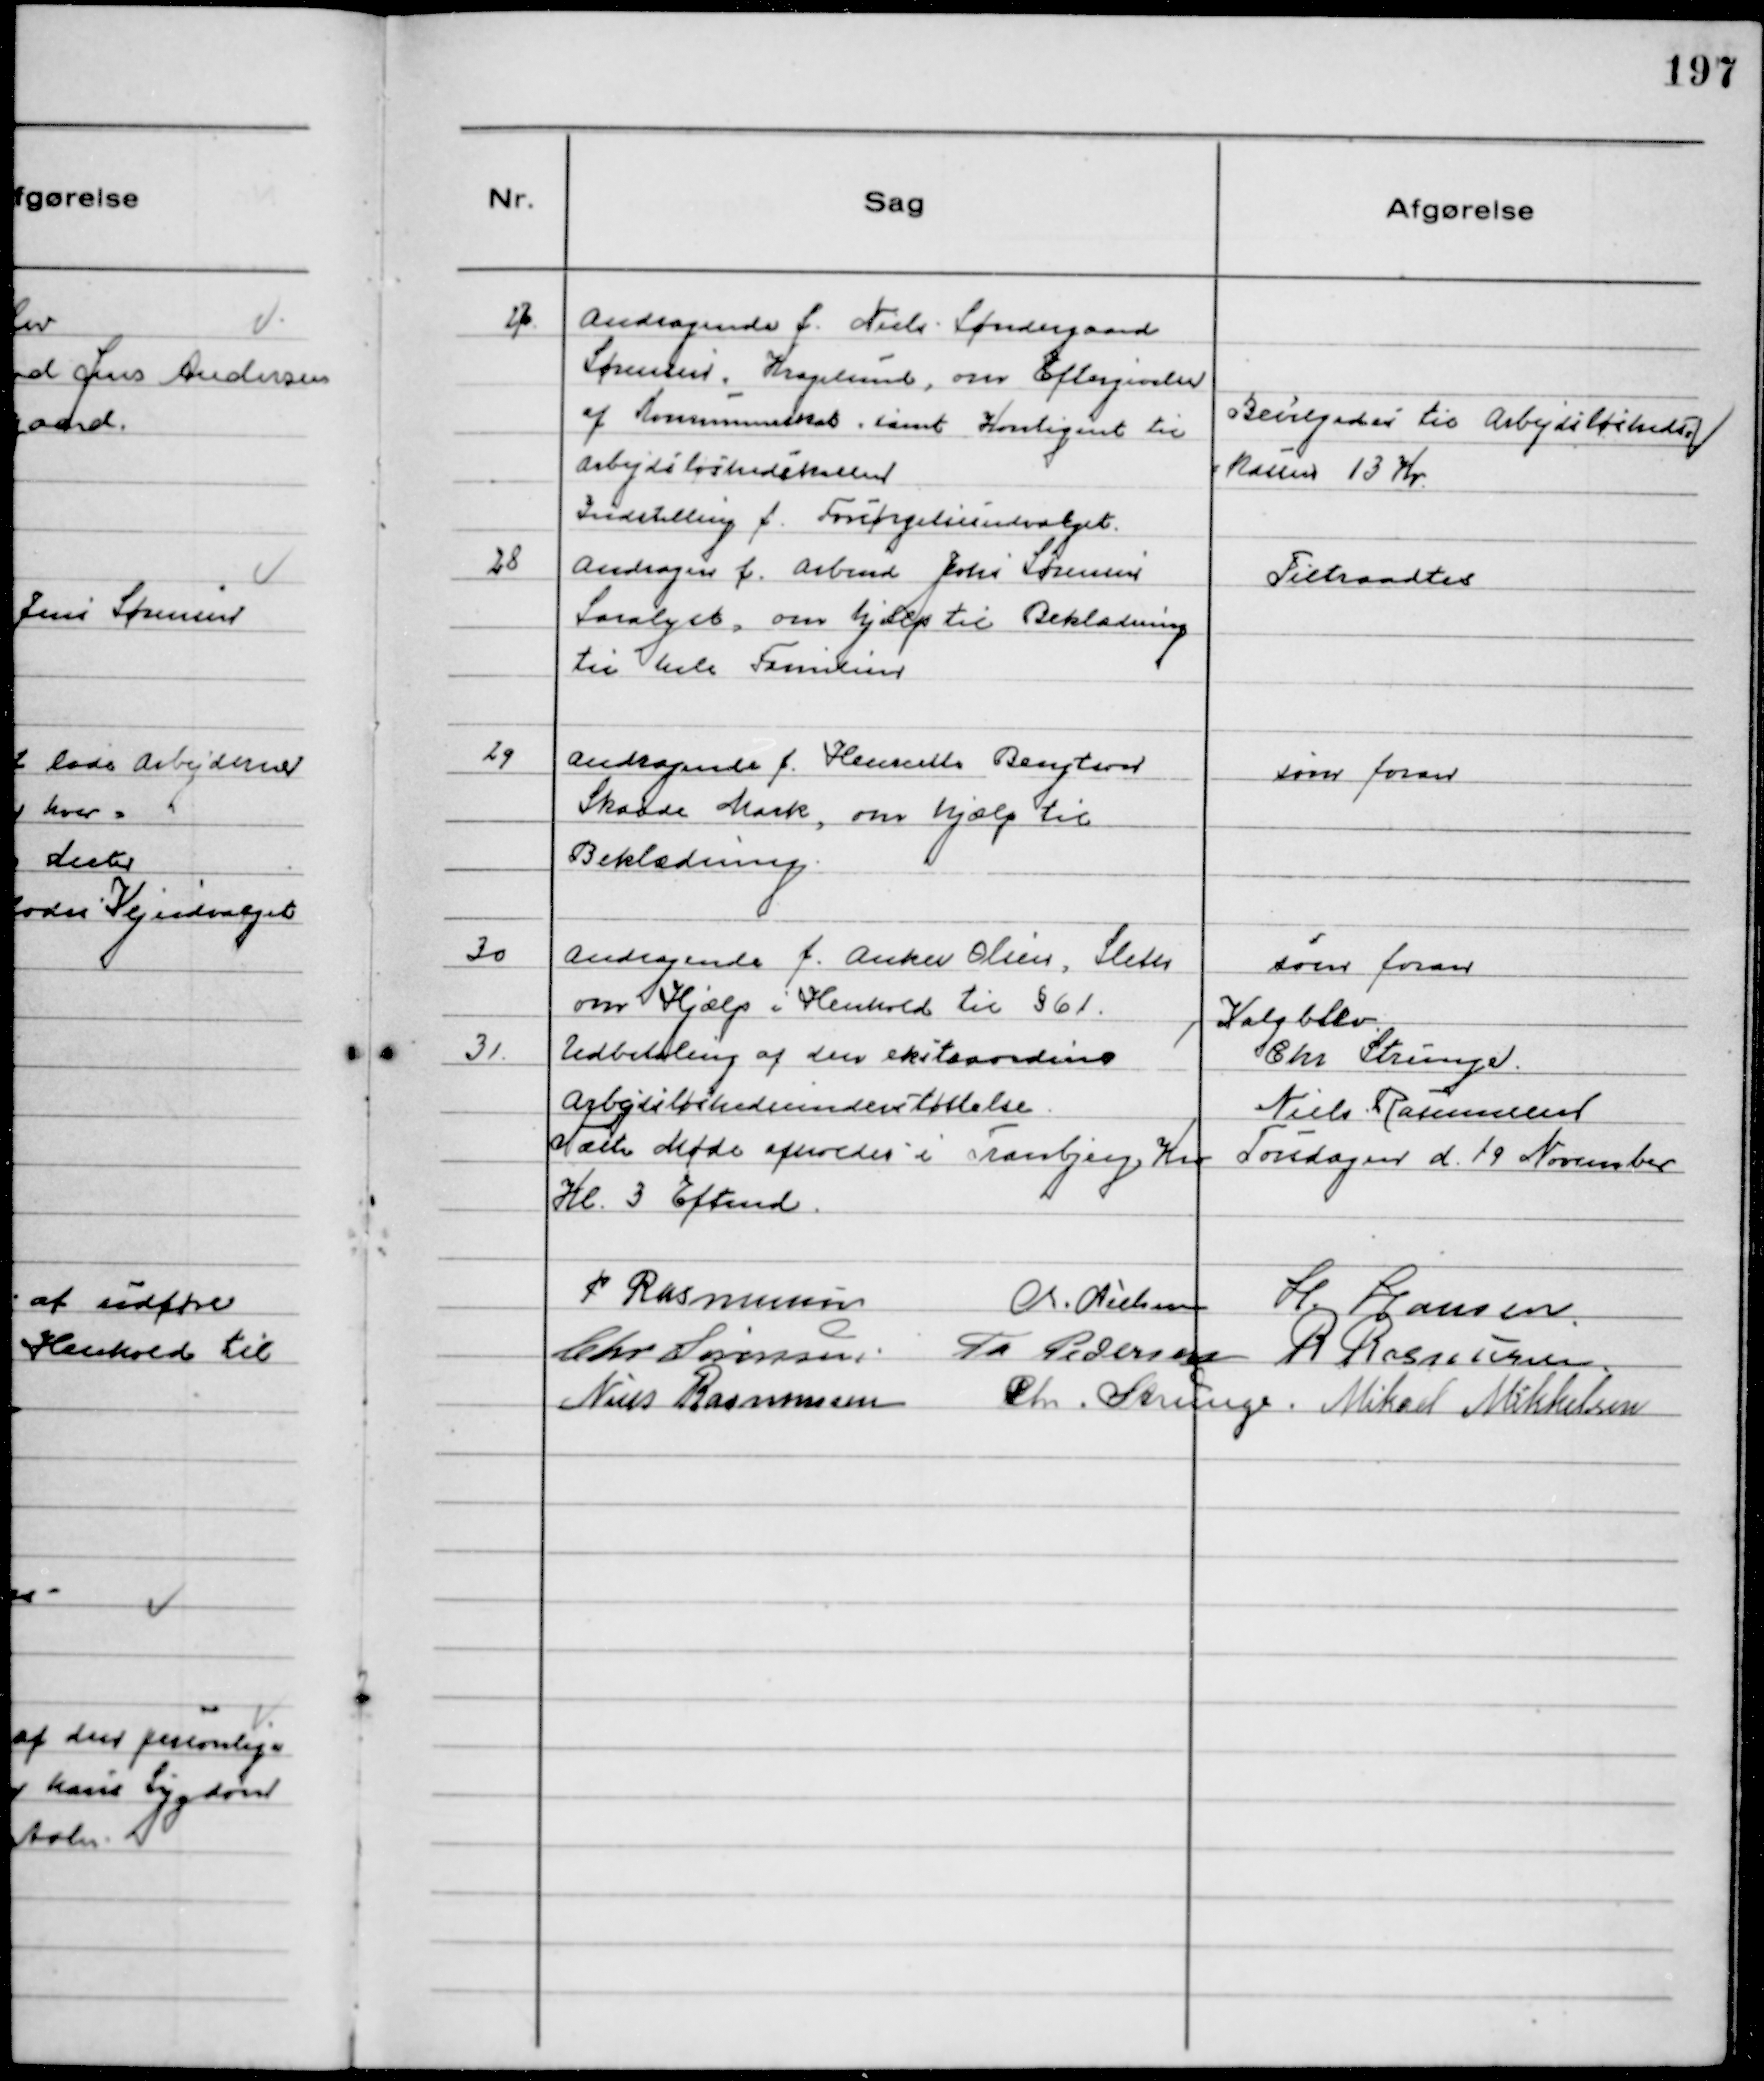
Transskription:
27
Andragende f. Niels Søndergaard
Sørensen, Kragelund, om Eftergivelse
af Kommuneskat samt Kontigent til
Arbejdsløshedskassen

Bevilgedes til Arbejdsløsheds-
kassen 13 Kr.

Indstilling f. Forsørgelsesudvalget.

28
Andragene f. Arbmd Johs Sørensen
Saralyst, om hjælp til Beklædning
til hele Familien

Tiltraadtes

29
Andragende f. Henriette Bengtson
Skaade Mark, om hjælp til
Beklædning

som foran

30
Andragende f. Anker Olsen, Sleth
om Hjælp i Henhold til § 61.

som foran

31.
Udbetaling af den ekstraordine
Arbejdsløshedsunderstøttelse.

Valg blev
Chr Strunge.
Niels Rasmussen

Næste Møde afholdes i Tranbjerg Kro Torsdagen d. 19 November
Kl. 3 Eftemd.
P Rasmussen
Chr. Nielsen H. Hansen
Chr Sørensen. Th Pedersen R Rasmussen.
Niels Rasmussen
Chr. Strunge. Mikael Mikkelsen